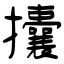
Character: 攮